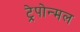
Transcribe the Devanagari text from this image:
ट्रेपोन्मल